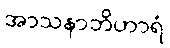
အာသနာဘိဟာရံ